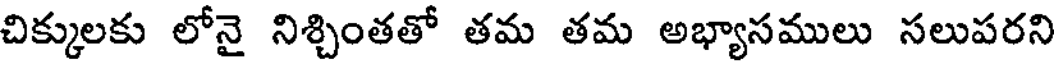
చిక్కులకు లోనై నిశ్చింతతో తమ తమ అభ్యాసములు సలుపరని